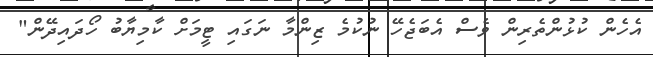
އެހެން ކުޅުންތެރިން ވެސް އެބަޖެހޭ ނުކުމެ ޒިންމާ ނަގައި ޓީމަށް ކާމިޔާބު ހޯދައިދޭން"